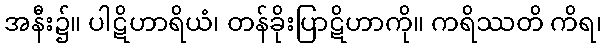
အနီး၌။ ပါဋိဟာရိယံ၊ တန်ခိုးပြာဋိဟာကို။ ကရိဿတိ ကိရ၊